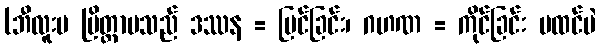
(ဘီလူးမ ပြိတ္တာမသည် ဒဿန = မြင်ခြင်း၊ ဂဟဏ = ကိုင်ခြင်း မထင်ပဲ